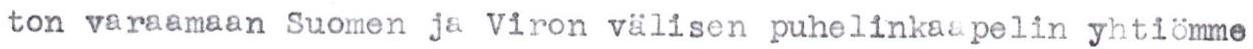
ton varaamaan Suomen ja Viron välisen puhelinkaapelin yhtiömme